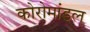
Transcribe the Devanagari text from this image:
कोरोमांडल